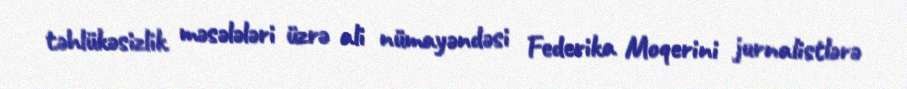
təhlükəsizlik məsələləri üzrə ali nümayəndəsi Federika Moqerini jurnalistlərə